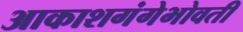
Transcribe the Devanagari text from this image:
आकाशगंगेभोवती